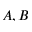
A , B